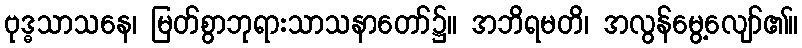
ဗုဒ္ဓသာသနေ၊ မြတ်စွာဘုရားသာသနာတော်၌။ အဘိရမတိ၊ အလွန်မွေ့လျော်၏။